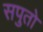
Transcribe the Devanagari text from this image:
सपुतो